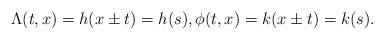
LaTeX: \begin{align*}\Lambda(t,x)=h(x\pm t)=h(s), \phi(t,x)=k(x\pm t)=k(s).\end{align*}